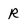
Character: R